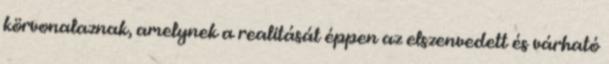
körvonalaznak, amelynek a realitását éppen az elszenvedett és várható